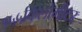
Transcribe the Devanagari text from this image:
१५५किलोमीटर